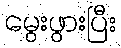
မွေးဖွားပြီး